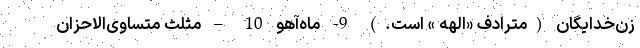
زن‌خدایگان (مترادف «الهه » است.) 9- ماه‌آهو 10 – مثلث متساوی‌الاحزان